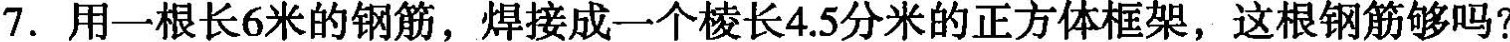
7.用一根长6米的钢筋，焊接成一个棱长4.5分米的正方体框架，这根钢筋够吗?